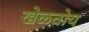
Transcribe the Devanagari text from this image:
खेळतोय